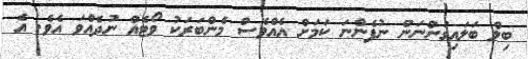
ބިލް ބަލައިގަންނަން ނުފެންނަ ކަމަށް އެއްވެސް މެންބަރަކު ވޯޓެއް ނުދެއްވަ އެވެ. އެ